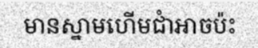
មានស្នាមហើមជាំអាចប៉ះ